Annual report on the health of the army in India
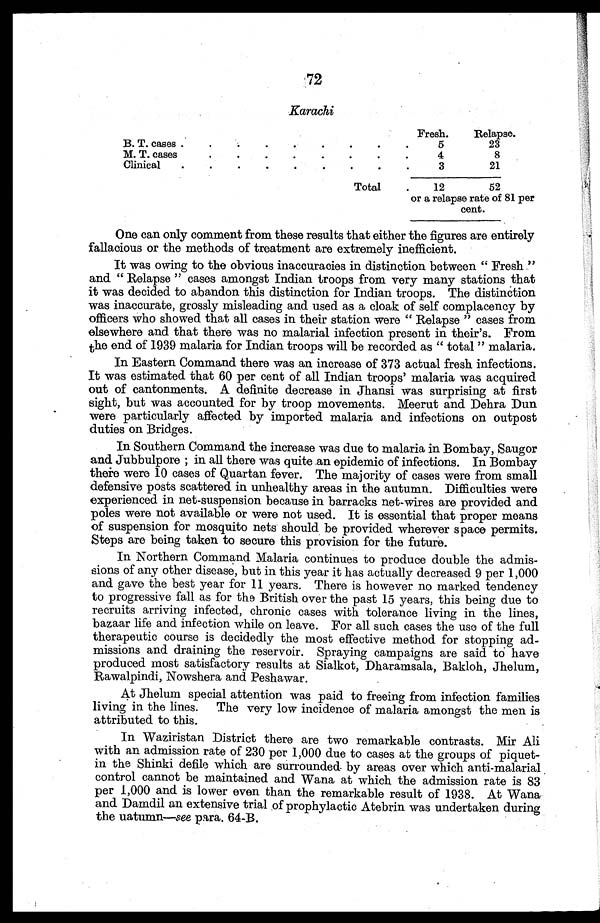
72
Karachi
Fresh.
Relapse.
B. T. cases . . .
5
23
4
8
M. T. cases. . .
3
21
Clinical . . .
52
12
Total
or a relapse rate of 81 per
cent.
One can only comment from these results that either the figures are entirely
fallacious or the methods of treatment are extremely inefficient.
It was owing to the obvious inaccuracies in distinction between " Fresh "
and " Relapse " cases amongst Indian troops from very many stations that
it was decided to abandon this distinction for Indian troops. The distinction
was inaccurate, grossly misleading and used as a cloak of self complacency by
officers who showed that all cases in their station were " Relapse " cases from
elsewhere and that there was no malarial infection present in their's. From
the end of 1939 malaria for Indian troops will be recorded as " total " malaria.
In Eastern Command there was an increase of 373 actual fresh infections.
It was estimated that 60 per cent of all Indian troops' malaria was acquired
out of cantonments. A definite decrease in Jhansi was surprising at first
sight, but was accounted for by troop movements. Meerut and Dehra Dun
were particularly affected by imported malaria and infections on outpost
duties on Bridges.
In Southern Command the increase was due to malaria in Bombay, Saugor
and Jubbulpore ; in all there was quite an epidemic of infections. In Bombay
there were 10 cases of Quartan fever. The majority of cases were from small
defensive posts scattered in unhealthy areas in the autumn. Difficulties were
experienced in net-suspension because in barracks net-wires are provided and
poles were not available or were not used. It is essential that proper means
of suspension for mosquito nets should be provided wherever space permits.
Steps are being taken to secure this provision for the future.
In Northern Command Malaria continues to produce double the admis--
sions of any other disease, but in this year it has actually decreased 9 per 1,000
and gave the best year for 11 years. There is however no marked tendency
to progressive fall as for the British over the past 15 years, this being due to
recruits arriving infected, chronic cases with tolerance living in the lines,
bazaar life and infection while on leave. For all such cases the use of the full
therapeutic course is decidedly the most effective method for stopping ad--
missions and draining the reservoir. Spraying campaigns are said to have
produced most satisfactory results at Sialkot, Dharamsala, Bakloh, Jhelum,
Rawalpindi, Nowshera and Peshawar.
At Jhelum special attention was paid to freeing from infection families
living in the lines. The very low incidence of malaria amongst the men is
attributed to this.
In Waziristan District there are two remarkable contrasts. Mir Ali
with an admission rate of 230 per 1,000 due to cases at the groups of piquet-
in the Shinki defile which are surrounded by areas over which anti-malarial
control cannot be maintained and Wana at which the admission rate is 83
per 1,000 and is lower even than the remarkable result of 1938. At Wana
and Damdil an extensive trial of prophylactic Atebrin was undertaken during
the uatumn—seep a r a . 6 4 - B .